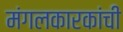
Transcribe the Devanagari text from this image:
मंगलकारकांची